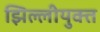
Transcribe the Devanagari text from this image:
झिल्लीयुक्त